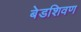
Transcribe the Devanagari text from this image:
बेडशिवण